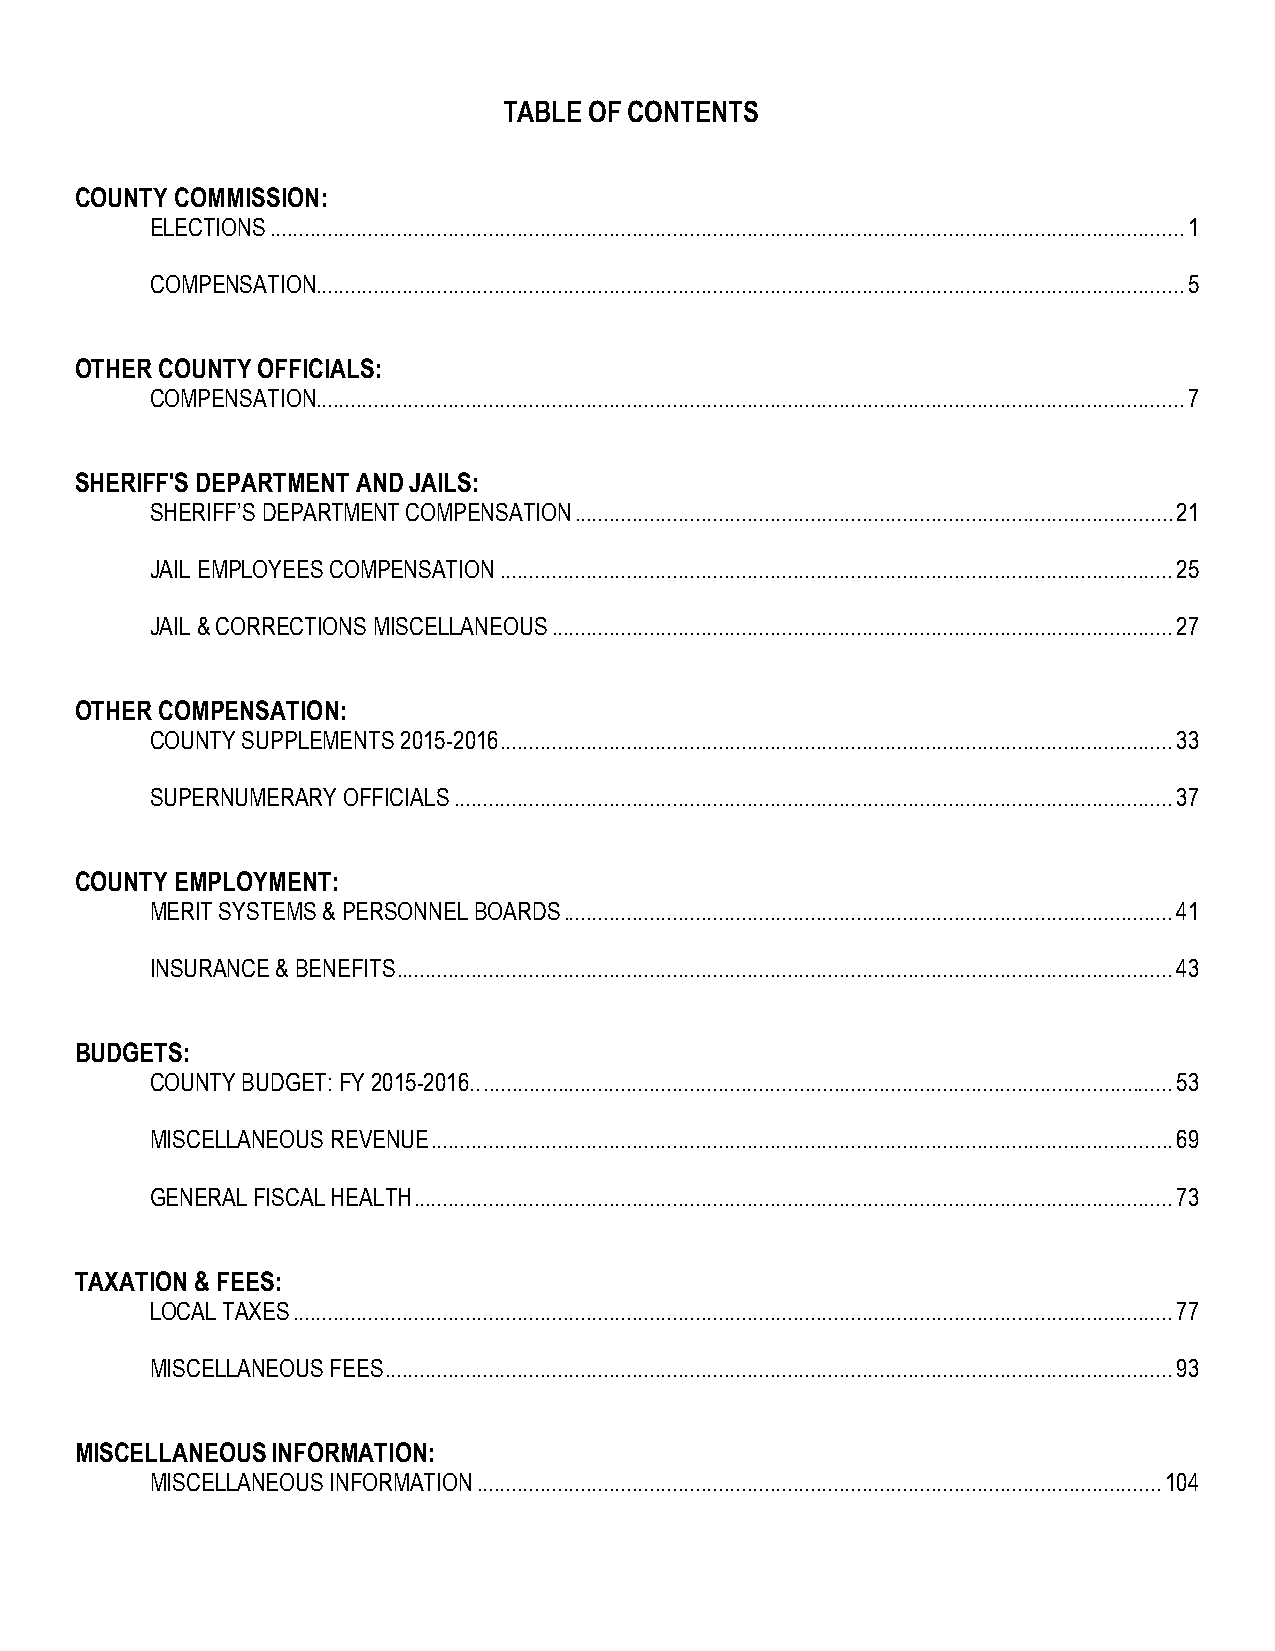
TABLE OF CONTENTS
 COUNTY COMMISSION:
 ELECTIONS ............................................................................................................................................................... 1
 COMPENSATION....................................................................................................................................................... 5
 OTHER COUNTY OFFICIALS:
 COMPENSATION....................................................................................................................................................... 7
 SHERIFF'S DEPARTMENT AND JAILS:
 SHERIFF’S DEPARTMENT COMPENSATION ........................................................................................................ 21
 JAIL EMPLOYEES COMPENSATION ..................................................................................................................... 25
 JAIL & CORRECTIONS MISCELLANEOUS ............................................................................................................ 27
 OTHER COMPENSATION:
 COUNTY SUPPLEMENTS 2015-2016 ..................................................................................................................... 33
 SUPERNUMERARY OFFICIALS ............................................................................................................................. 37
 COUNTY EMPLOYMENT:
 MERIT SYSTEMS & PERSONNEL BOARDS .......................................................................................................... 41
 INSURANCE & BENEFITS ....................................................................................................................................... 43
 BUDGETS:
 COUNTY BUDGET: FY 2015-2016.. ........................................................................................................................ 53
 MISCELLANEOUS REVENUE ................................................................................................................................. 69
 GENERAL FISCAL HEALTH .................................................................................................................................... 73
 TAXATION & FEES:
 LOCAL TAXES ......................................................................................................................................................... 77
 MISCELLANEOUS FEES ......................................................................................................................................... 93
 MISCELLANEOUS INFORMATION:
 MISCELLANEOUS INFORMATION ....................................................................................................................... 104